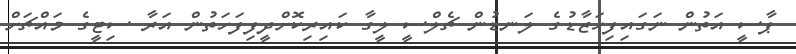
ޕާސީ އަތުން ނަގައިފިހަޒާޑުގެ ލަނޑުން ޗެލްސީ ލީގާ ކައިރިކޮށްދީފިފަހަތުން އަރާ ސިޓީގެ މައްޗަށް